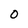
Character: 0